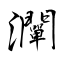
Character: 灛